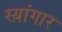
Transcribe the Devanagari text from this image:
स्य़ांगार